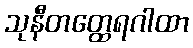
သုနီတတ္ထေရဂါထာ